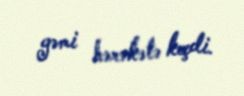
gəmi hərəkətə keçdi.